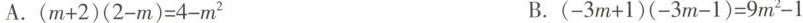
A.(m+2)(2-m)=4-m^{2}B.(-3m+1)(-3m-1)=9m^{2}-1